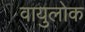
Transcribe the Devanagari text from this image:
वायुलोक